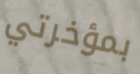
بمؤخرتي